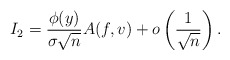
\begin{align*}I_{2} = \frac{\phi(y)}{\sigma \sqrt{n}} A(f,v) + o \left( \frac{ 1 }{\sqrt{n}} \right).\end{align*}